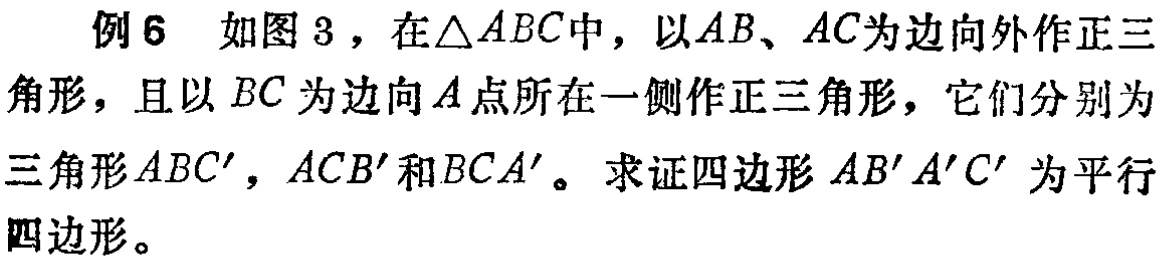
例6 如图3，在\(\triangle ABC\)中，以\(AB\)、\(AC\)为边向外作正三角形，且以\(BC\)为边向\(A\)点所在一侧作正三角形，它们分别为三角形\(ABC'\)，\(ACB'\)和\(BCA'\)。求证四边形\(AB'A'C'\)为平行四边形。